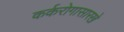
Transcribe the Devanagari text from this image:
कर्करोगासारखे